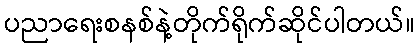
ပညာရေးစနစ်နဲ့တိုက်ရိုက်ဆိုင်ပါတယ်။